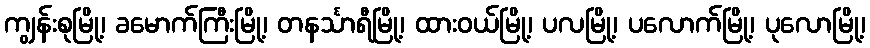
ကျွန်းစုမြို့၊ ခမောက်ကြီးမြို့၊ တနင်္သာရီမြို့၊ ထားဝယ်မြို့၊ ပလမြို့၊ ပလောက်မြို့၊ ပုလောမြို့၊